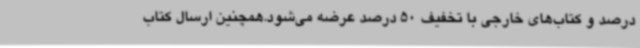
درصد و کتاب‌های خارجی با تخفیف 50 درصد عرضه می‌شود.همچنین ارسال کتاب